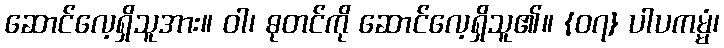
ဆောင်လေ့ရှိသူအား။ ဝါ၊ ဓုတင်ကို ဆောင်လေ့ရှိသူ၏။ {၀၇} ပါပကမ္မံ၊